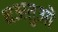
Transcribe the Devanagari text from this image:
धअतुओ